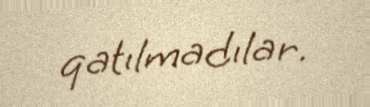
qatılmadılar.